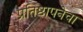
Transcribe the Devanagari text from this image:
प्रतिष्ठापनेचा